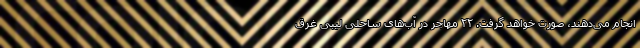
انجام می‌دهند، صورت خواهد گرفت. ۲۲ مهاجر در آب‌های ساحلی لیبی غرق